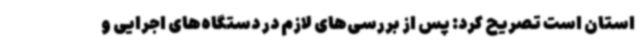
استان است تصریح کرد: پس از بررسی‌های لازم در دستگاه‌های اجرایی و